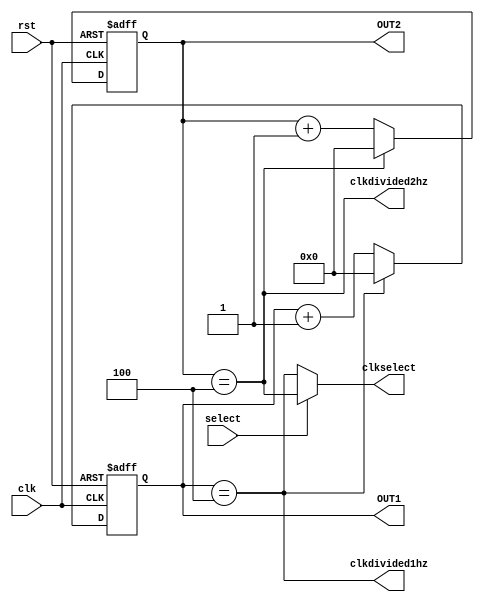
module clk50(
    input clk,
    input rst,
	 input select,
    output reg [31:0] OUT1,
	 output reg [31:0] OUT2,
    output clkdivided1hz,
	 output clkdivided2hz,
	 output clkselect
    );
	 
	 always @ (posedge clk or posedge rst)
		begin
		if (rst)
			OUT1<=32'd0;
		else
		if (OUT1 == 32'd4)
			OUT1<=32'd0;
		else
			OUT1 <= OUT1 + 1;
		end
		
	 always @ (posedge clk or posedge rst)
		begin
		if (rst)
			OUT2<=32'd0;
		else
		if (OUT2 == 32'd4)
			OUT2<=32'd0;
		else
			OUT2 <= OUT2 + 1;
		end
assign clkdivided1hz = (OUT1 == 32'd4);
assign clkdivided2hz = (OUT2 == 32'd4);

assign clkselect = (select) ? clkdivided2hz : clkdivided1hz;
endmodule